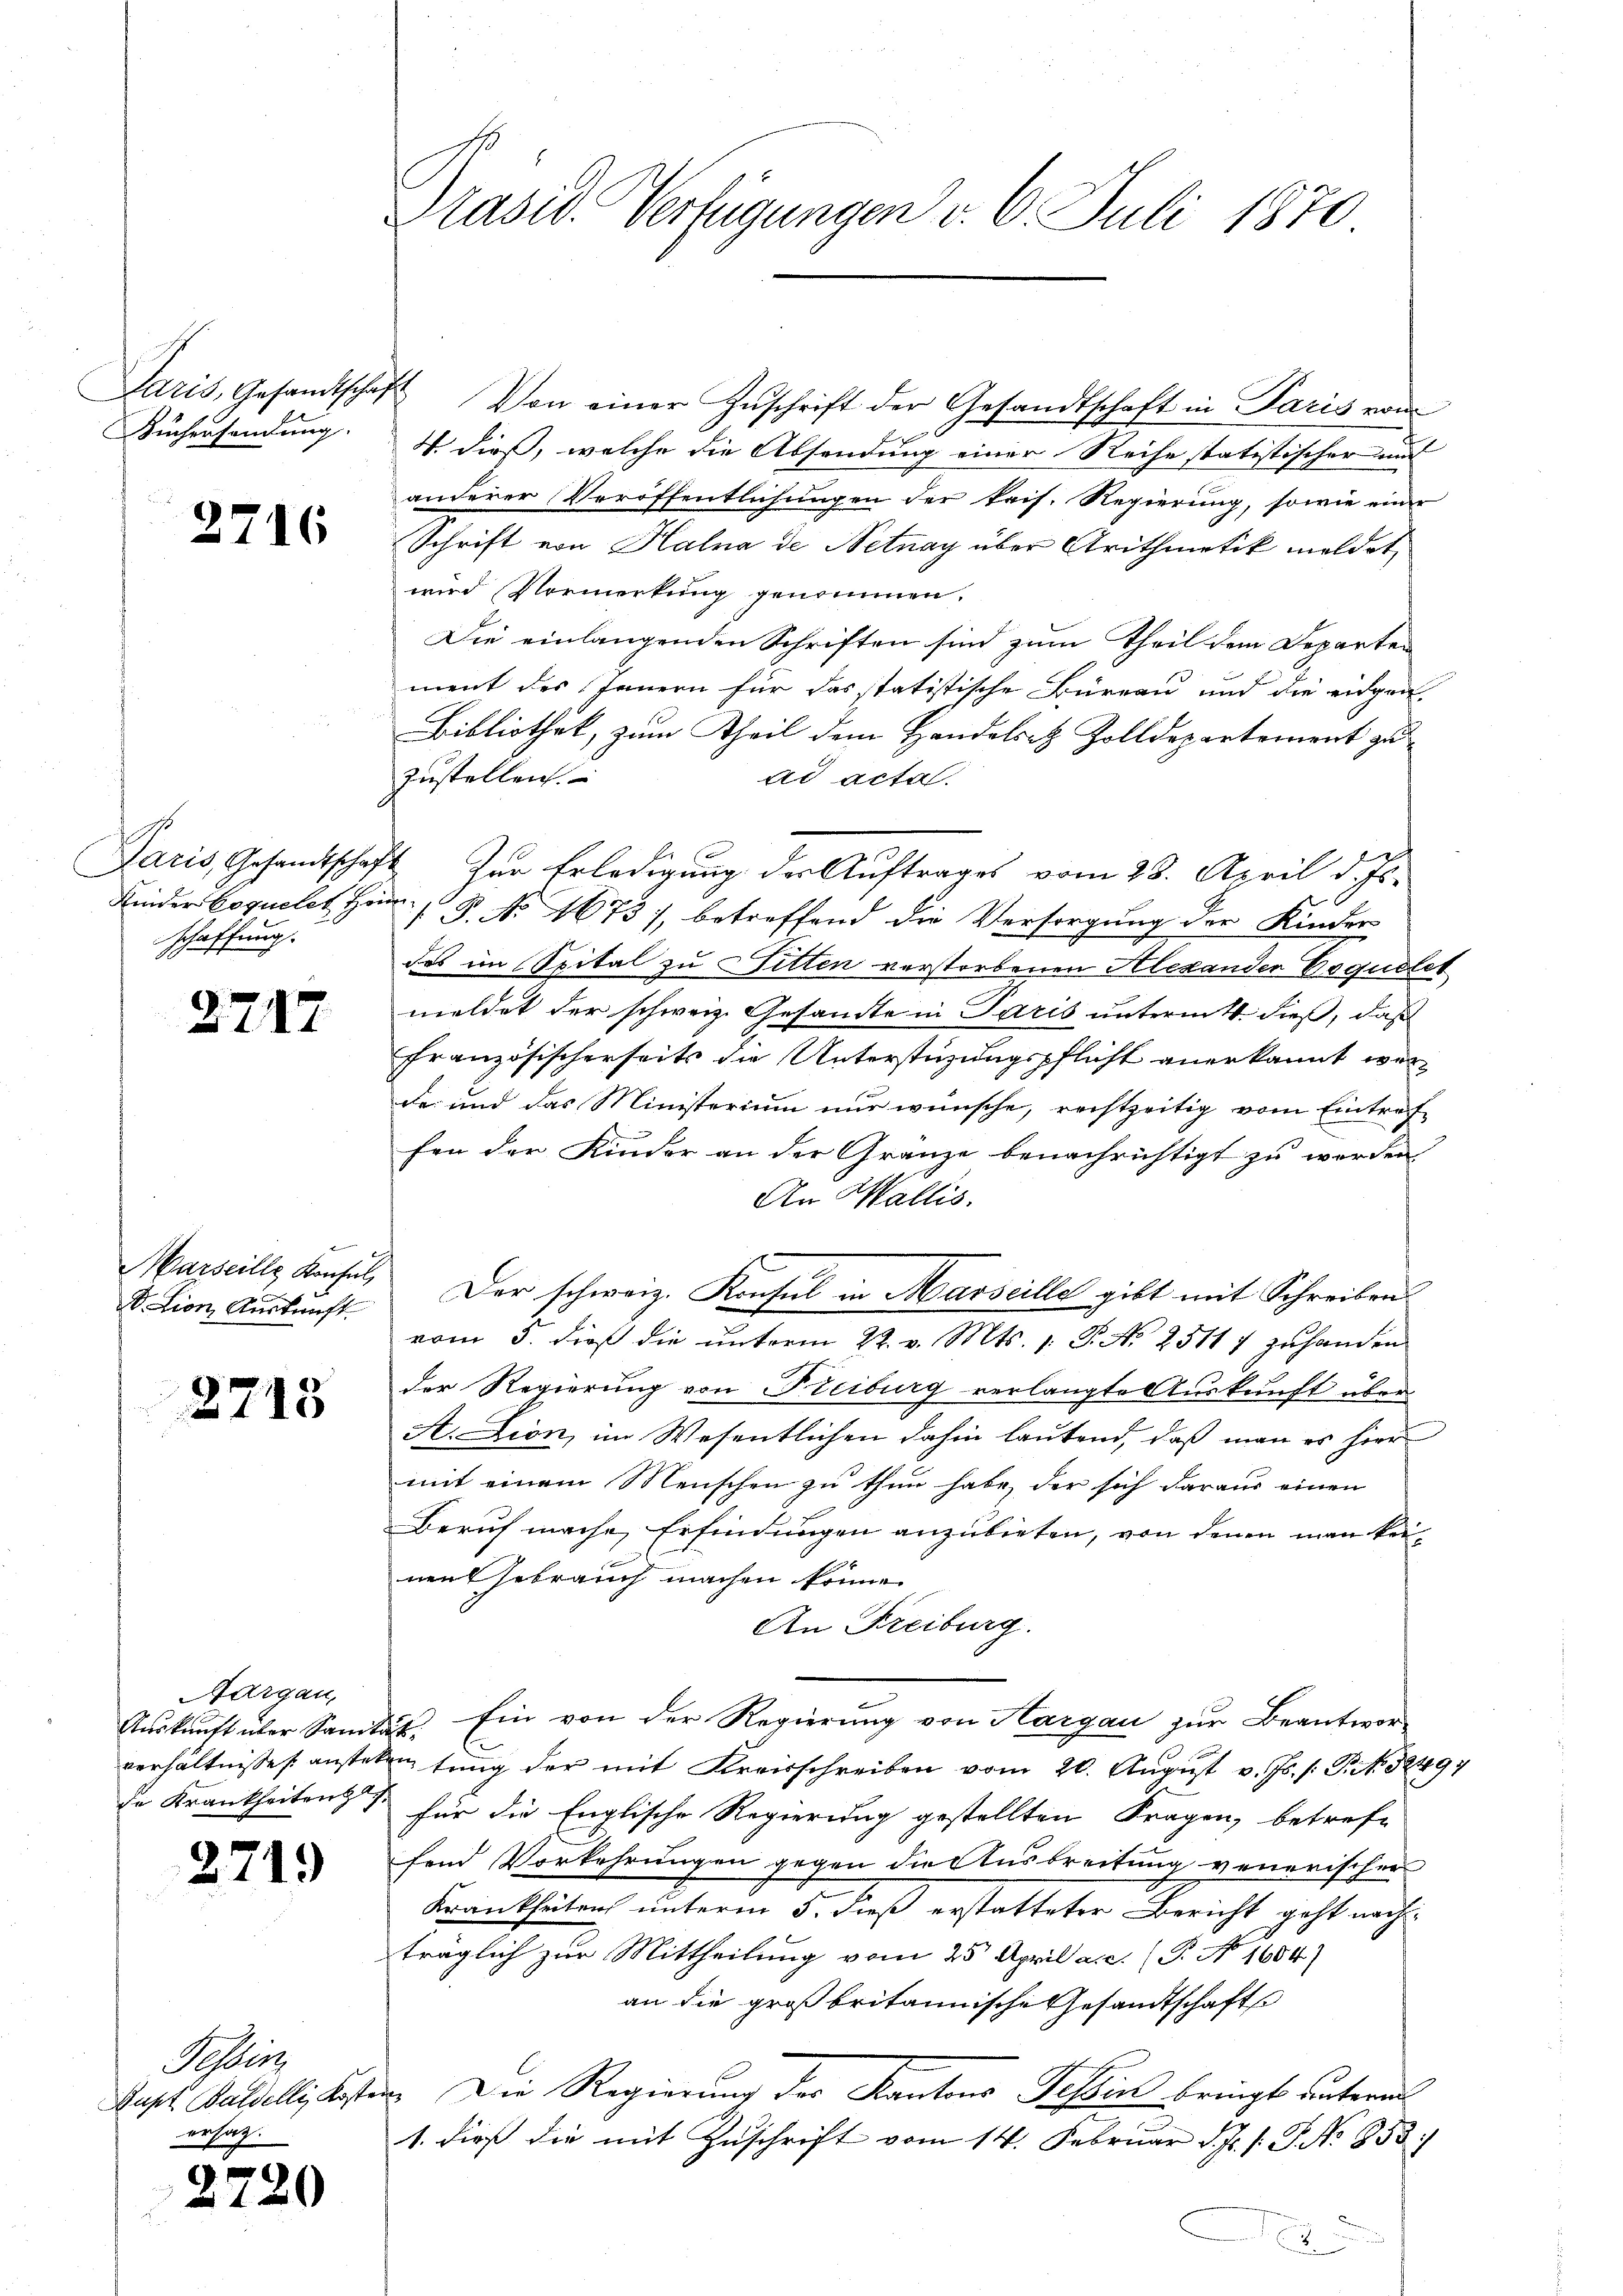
Paris, Gesandtschaf
Küchersendung.

27.

2717

d
Marseille Konsul,
Lion, Auskunft

2718

3

1749

6

1
Laris, Gesandtschaf
Kinder Coquelet Hin
schaffung.

Aargau,
Auskunft über Sanita
verhältnisses anstet
de Krankheiten z

Tessin,
Supt Baldelli, Koste
ertag.

c
120

Präsid. Verfügungen d. 6. Juli 1870

Von einer Zuschrift der Gesandtschaft in Paris vom
V. dieß, welche die Absendung einer Reihe statistischer und
anderer Veröffentlichungen der kais. Regierung, sowie einer
Schrift von Halna de Netnay über Arithmetik meldet
wird Vormerkung genommen.
Die einlangenden Schriften sind zum Theil dem Departen
ment des Innern für das statistische Büreau und die eidgen
Bibliothek, zum Theil dem Handelsatz Zolldepartement zu
Zustellen.
ad acta.
Zur Erledigung der Auftrages vom 28. April d. Js.
/ P. No. 1673, betreffend die Versorgung der Kinder
das im Spital zu Fitten verstorbenen Alexander Coquolet
meldet der schweiz. Gesamte in Paris unterm 4. dieß, daß
französischerseits die Unterstüzungspflicht anerkannt werde und das Ministerium nur wünsche, rechtzeitig vom Eintraf
fen der Kinder an der Granze benachrichtigt zu werden.
An Wallis.
Der schweiz. Konsul in Marseille gibt mit Schreiben
vom 5. dieß die unterm 22. v. Mts. 1. P. Nr. 25117 zu handen
der Regierung von Freiburg verlangte Auskunft über
A. Lion, im Wesentlichen dahin lautend, daß man es hier
mit einem Menschen zu thun habe, der sich daraus einen
Beruf mache Erfindungen anzubieten, von denen man keinnthebrauch machen könne.
An Freiburg.
Ein von der Regierung von Hargau zur Beantwor-
.
tung der mit Kreisschreiben vom 20. August v. Js. f. P. N. 3249;
für die Englische Regierung gestellten Fragen, betreff
fend Vorkehrungen gegen die Ausbreitung venerischer
Krankhätens unterm 5. dieß erstatteter Bericht geht nachträglich zur Mittheilung vom 25. April a.c. (T. No 1604)
an die großbritannische Gesandtschafts
.Die Regierung der Kantons Tessin bringt unterm
1. dieß die mit Zuschrift vom 14. Februar d. J. J. No 853.
a